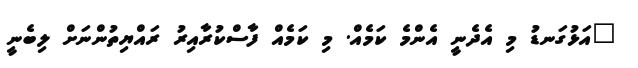
"އަޅުގަނޑު މި އެދެނީ އެންމެ ކަމެއް. މި ކަމެއް ފާސްކުރާއިރު ރައްޔިތުންނަށް ލިބެނީ